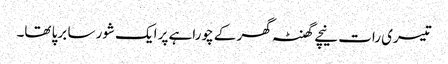
تیسری رات نیچے گھنٹہ گھر کے چوراہے پر ایک شور سا برپا تھا۔